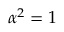
{ \alpha } ^ { 2 } = 1